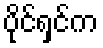
ပိုင်ရှင်က